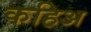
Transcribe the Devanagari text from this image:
कहिअ